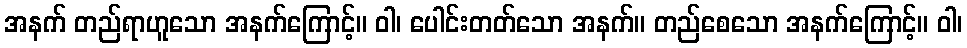
အနက် တည်ရာဟူသော အနက်ကြောင့်။ ဝါ၊ ပေါင်းတတ်သော အနက်။ တည်စေသော အနက်ကြောင့်။ ဝါ၊